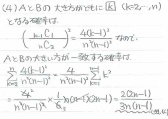
\[
\begin{align*}
&(4)\text{已知 }A、B\text{ 为 }n\text{ 阶方阵，且 }AB = O，r(A)=r，r(B)=s.\\
&\text{由 }AB = O\text{ 知，}B\text{ 的列向量组是齐次线性方程组 }Ax = 0\text{ 的解向量组}.\\
&\text{设 }A\text{ 的列向量组为 }\alpha_1,\alpha_2,\cdots,\alpha_n，B\text{ 的列向量组为 }\beta_1,\beta_2,\cdots,\beta_n.\\
&\text{因为 }r(A)=r\text{，根据齐次线性方程组解空间的维数定理，}Ax = 0\text{ 的解空间维数为 }n - r.\\
&\text{又因为 }B\text{ 的列向量组是 }Ax = 0\text{ 的解向量组，所以 }r(B)\leq n - r，\text{即 }r + s\leq n.\\
&(5)\text{已知 }A\text{ 为 }n\text{ 阶方阵，且 }A^2 = A.\\
&\text{求 }r(A)+r(A - E).\\
&\text{因为 }A^2=A\text{，则 }A(A - E)=A^2 - A = 0.\\
&\text{由 }r(A)+r(B)\leq n\text{（当 }AB = 0\text{ 时，其中 }n\text{ 为 }A\text{ 的阶数），这里 }B = A - E\text{，所以 }r(A)+r(A - E)\leq n.\\
&\text{又因为 }r(A)+r(A - E)\geq r(A+(A - E))=r(2A - E)=n\text{（因为 }2A - E\text{ 可逆，}A^2 = A\text{ 时，可证 }2A - E\text{ 可逆）}.\\
&\text{所以 }r(A)+r(A - E)=n.
\end{align*}
\]